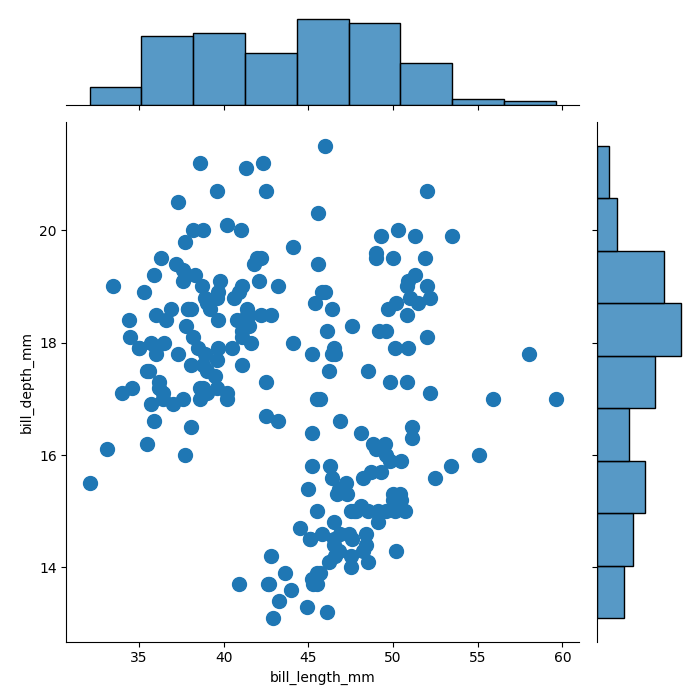
python, seaborn, jointplot, kind='scatter', height='7', ratio='5', marginal_ticks='False'